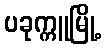
ပခုက္ကူမြို့